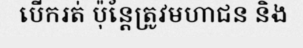
បើករត់ ប៉ុន្តែត្រូវមហាជន និង